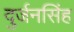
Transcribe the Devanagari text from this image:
दुर्जनसिंह